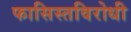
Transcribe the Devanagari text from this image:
फासिस्तविरोधी